Civil Veterinary Dept. Bombay admin report 1900-1906 - 1900-1906
Year: 1900
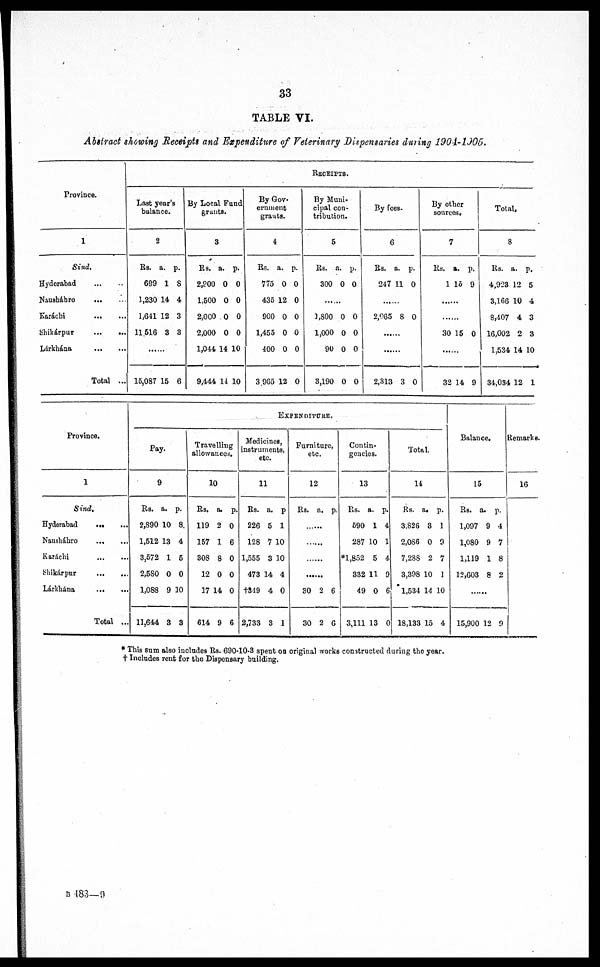
33
TABLE VI.
Abstract showing Receipts and Expenditure of Veterinary Dispensaries during 1904.-1905.
Province.
1
Sind.
Hyderabad
...
..
Nausháhro
...
...
Karáchi
...
...
Shikárpur
...
...
Lárkhána
...
...
Total ...
RECEIPTS.
Last year's
balance.
2
Rs. a. p.
699 1 8
1,230 14 4
1,641 12 3
11,516 3 3
15,087 15 6
By Local Fund
grunts.
3
Rs. a. p.
2,900 0 0
1,500 0 0
2,000 0 0
2,000 0 0
1,044 14 10
9,444 14 10
By Gov¬
rnment
grants.
4
Rs. a. p.
775 0 0
435 12 0
900 0 0
1,455 0 0
400 0 0
3,965 12 0
By Muni-
cipal con-
tribution.
5
Rs. a. p.
300 0 0
1,800 0 0
1,000 0 0
90 0 0
3,190 0 0
By fees¬
6
Rs. a. p.
247 11 0
2,065 8 0
2,313 3 0
By other
sources.
7
Rs. a. p.
1 15 9
30 15 0
32 14 9
Total.
8
Rs. a. p.
4,923 12 5
3,166 10 4
8,407 4 3
16,002 2 3
1,534 14 10
34,034 12 1
Province.
1
Sind.
Hyderabad
Nausháhro
...
...
Karáchi
...
...
Shikárpur
...
...
Lárkhána ... ...
Total ...
Pay.
9
Rs. a. p.
2,890 10 8.
1,512 13 4
3,572 1 5
2,5S0 0 0
1,088 9 10
11,644 3 3
Travelling
allowances.
10
Rs. a. p.
119 2 0
157 1 6
308 8 0
12 0 0
17 14 0
614 9 6
EXPENDITURE.
Medicines,
instruments,
etc.
11
Rs. a. p
226 5 1
128 7 10
1,555 3 10
473 14 4
tS49 4 0
2,733 3 1
Furniture,
etc.
12
Rs. a. p.
......
......
......
30 2 6
30 2 6
Contin¬
gencies.
13
Rs. a. p.
590 1 4
287 10 1
*1,852 5 4
332 11 9
49 0 6
3,111 13 0
Total.
14
Rs. a. p.
3.826 3 1
2,086 0 9
7,28S 2 7
3,398 10 1
1,534 14 10
18,133 15 4
Balance.
15
Rs. a. p.
1,097 9 4
1,080 9 7
1,119 1 8
12,603 8 2
......
15,900 12 9
Remarks.
16
* This sum also includes Rs. 690-10-3 spent on original works constructed during the year.
† Includes rent for the Dispensary building.